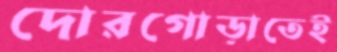
দোরগোড়াতেই